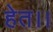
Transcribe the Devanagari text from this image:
हेत।।